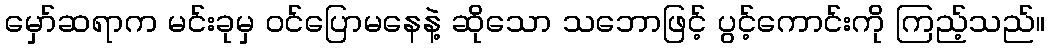
မှော်ဆရာက မင်းခုမှ ဝင်ပြောမနေနဲ့ ဆိုသော သဘောဖြင့် ပွင့်ကောင်းကို ကြည့်သည်။